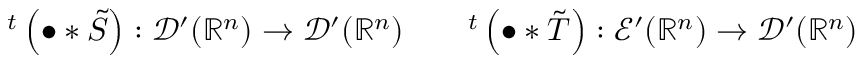
^ { t } \left( \bullet \ast { \tilde { S } } \right) : { \mathcal { D } } ^ { \prime } ( \mathbb { R } ^ { n } ) \to { \mathcal { D } } ^ { \prime } ( \mathbb { R } ^ { n } ) \qquad ^ { t } \left( \bullet \ast { \tilde { T } } \right) : { \mathcal { E } } ^ { \prime } ( \mathbb { R } ^ { n } ) \to { \mathcal { D } } ^ { \prime } ( \mathbb { R } ^ { n } )